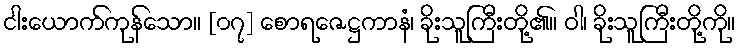
ငါးယောက်ကုန်သော။ [၀၇] စောရဇေဋ္ဌကာနံ၊ ခိုးသူကြီးတို့၏။ ဝါ၊ ခိုးသူကြီးတို့ကို။